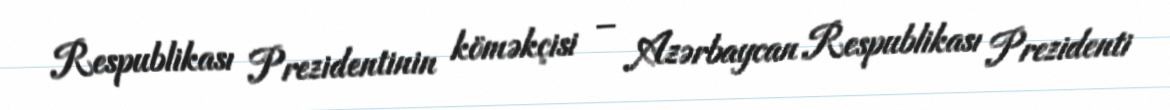
Respublikası Prezidentinin köməkçisi – Azərbaycan Respublikası Prezidenti